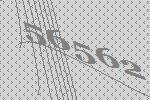
56562